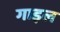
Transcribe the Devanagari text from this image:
गाइल